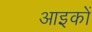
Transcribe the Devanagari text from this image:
आइकों